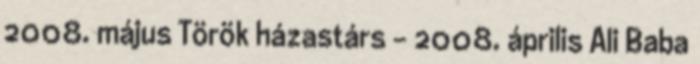
2008. május Török házastárs - 2008. április Ali Baba